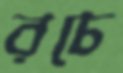
রচে